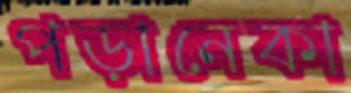
পড়ানেকা